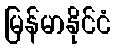
မြန်မာနိုင်ငံ